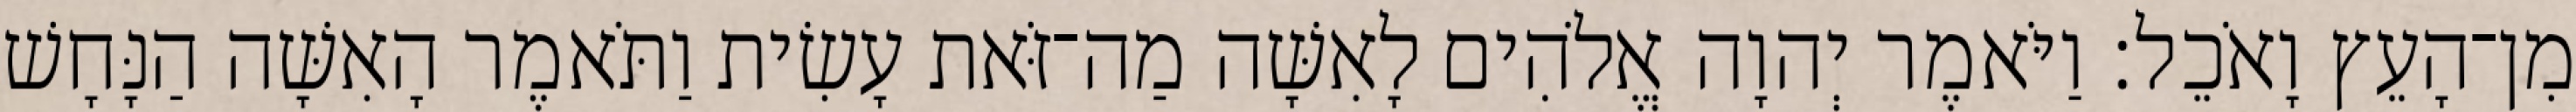
מִן־הָעֵץ וָאֹכֵל׃ וַיֹּאמֶר יְהוָה אֱלֹהִים לָאִשָּׁה מַה־זֹּאת עָשִׂית וַתֹּאמֶר הָאִשָּׁה הַנָּחָשׁ